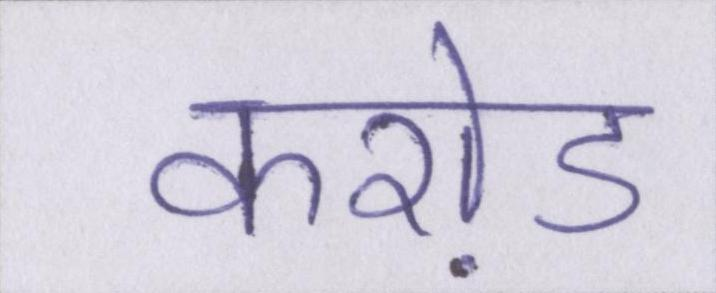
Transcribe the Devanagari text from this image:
करो़ड